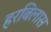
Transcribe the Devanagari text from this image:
हरबिलास